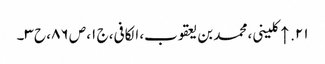
۲۱. ↑ کلینی، محمد بن یعقوب، الکافی، ج ۱، ص ۸۶، ح ۳۔